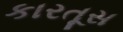
કારતૂસ